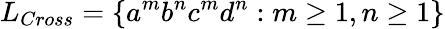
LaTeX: L_{Cross}=\{ a^{m}b^{n}c^{m}d^{n}:m\geq 1,n\geq 1\}